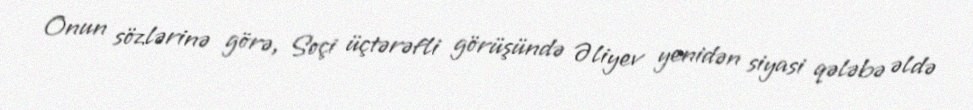
Onun sözlərinə görə, Soçi üçtərəfli görüşündə Əliyev yenidən siyasi qələbə əldə